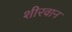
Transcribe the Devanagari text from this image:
शीरवान